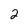
Character: 2